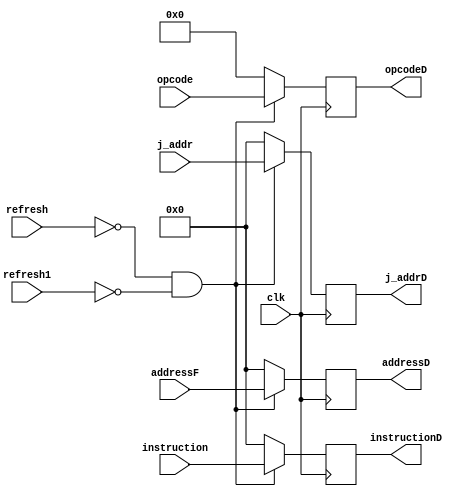
/* Pipeline register between ID stage and EX stage
**
*/

`timescale 100fs/100fs
module PipeReg_IFID
    (   //Inputs
        input clk, 
        input [31:0] j_addr,
        input refresh1, refresh,
        input [5:0] opcode,
        input [31:0] instruction,
        input [31:0] addressF,

        //Outputs
        output reg [31:0] j_addrD,
        output reg [5:0] opcodeD,
        output reg [31:0] instructionD,
        output reg [31:0] addressD
        
    );

    always @(posedge clk) begin
        if ((refresh == 0) && (refresh1 == 0)) begin
            j_addrD <= j_addr;
            opcodeD <= opcode;
            instructionD <= instruction;
            addressD <= addressF;
        end
        else if ((refresh == 0) && (refresh1 == 1)) begin
            j_addrD <= 0;
            opcodeD <= 0;
            instructionD <= 0;
            addressD <= 0;
        end
        else begin
            j_addrD <= 0;
            opcodeD <= 0;
            instructionD <= 0;
            addressD <= 0;
        end
    end

endmodule